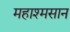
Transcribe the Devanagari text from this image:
महाश्मसान